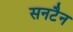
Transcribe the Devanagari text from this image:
सनटैन